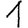
Digit: 1